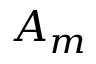
A _ { m }